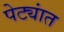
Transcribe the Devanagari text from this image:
पेट्यांत